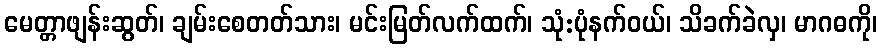
မေတ္တာဖျန်းဆွတ်၊ ချမ်းစေတတ်သား၊ မင်းမြတ်လက်ထက်၊ သုံ:ပုံနက်ဝယ်၊ သိခက်ခဲလှ၊ မာဂဓကို၊